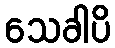
သေခါပိ